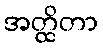
အတ္ထိတာ